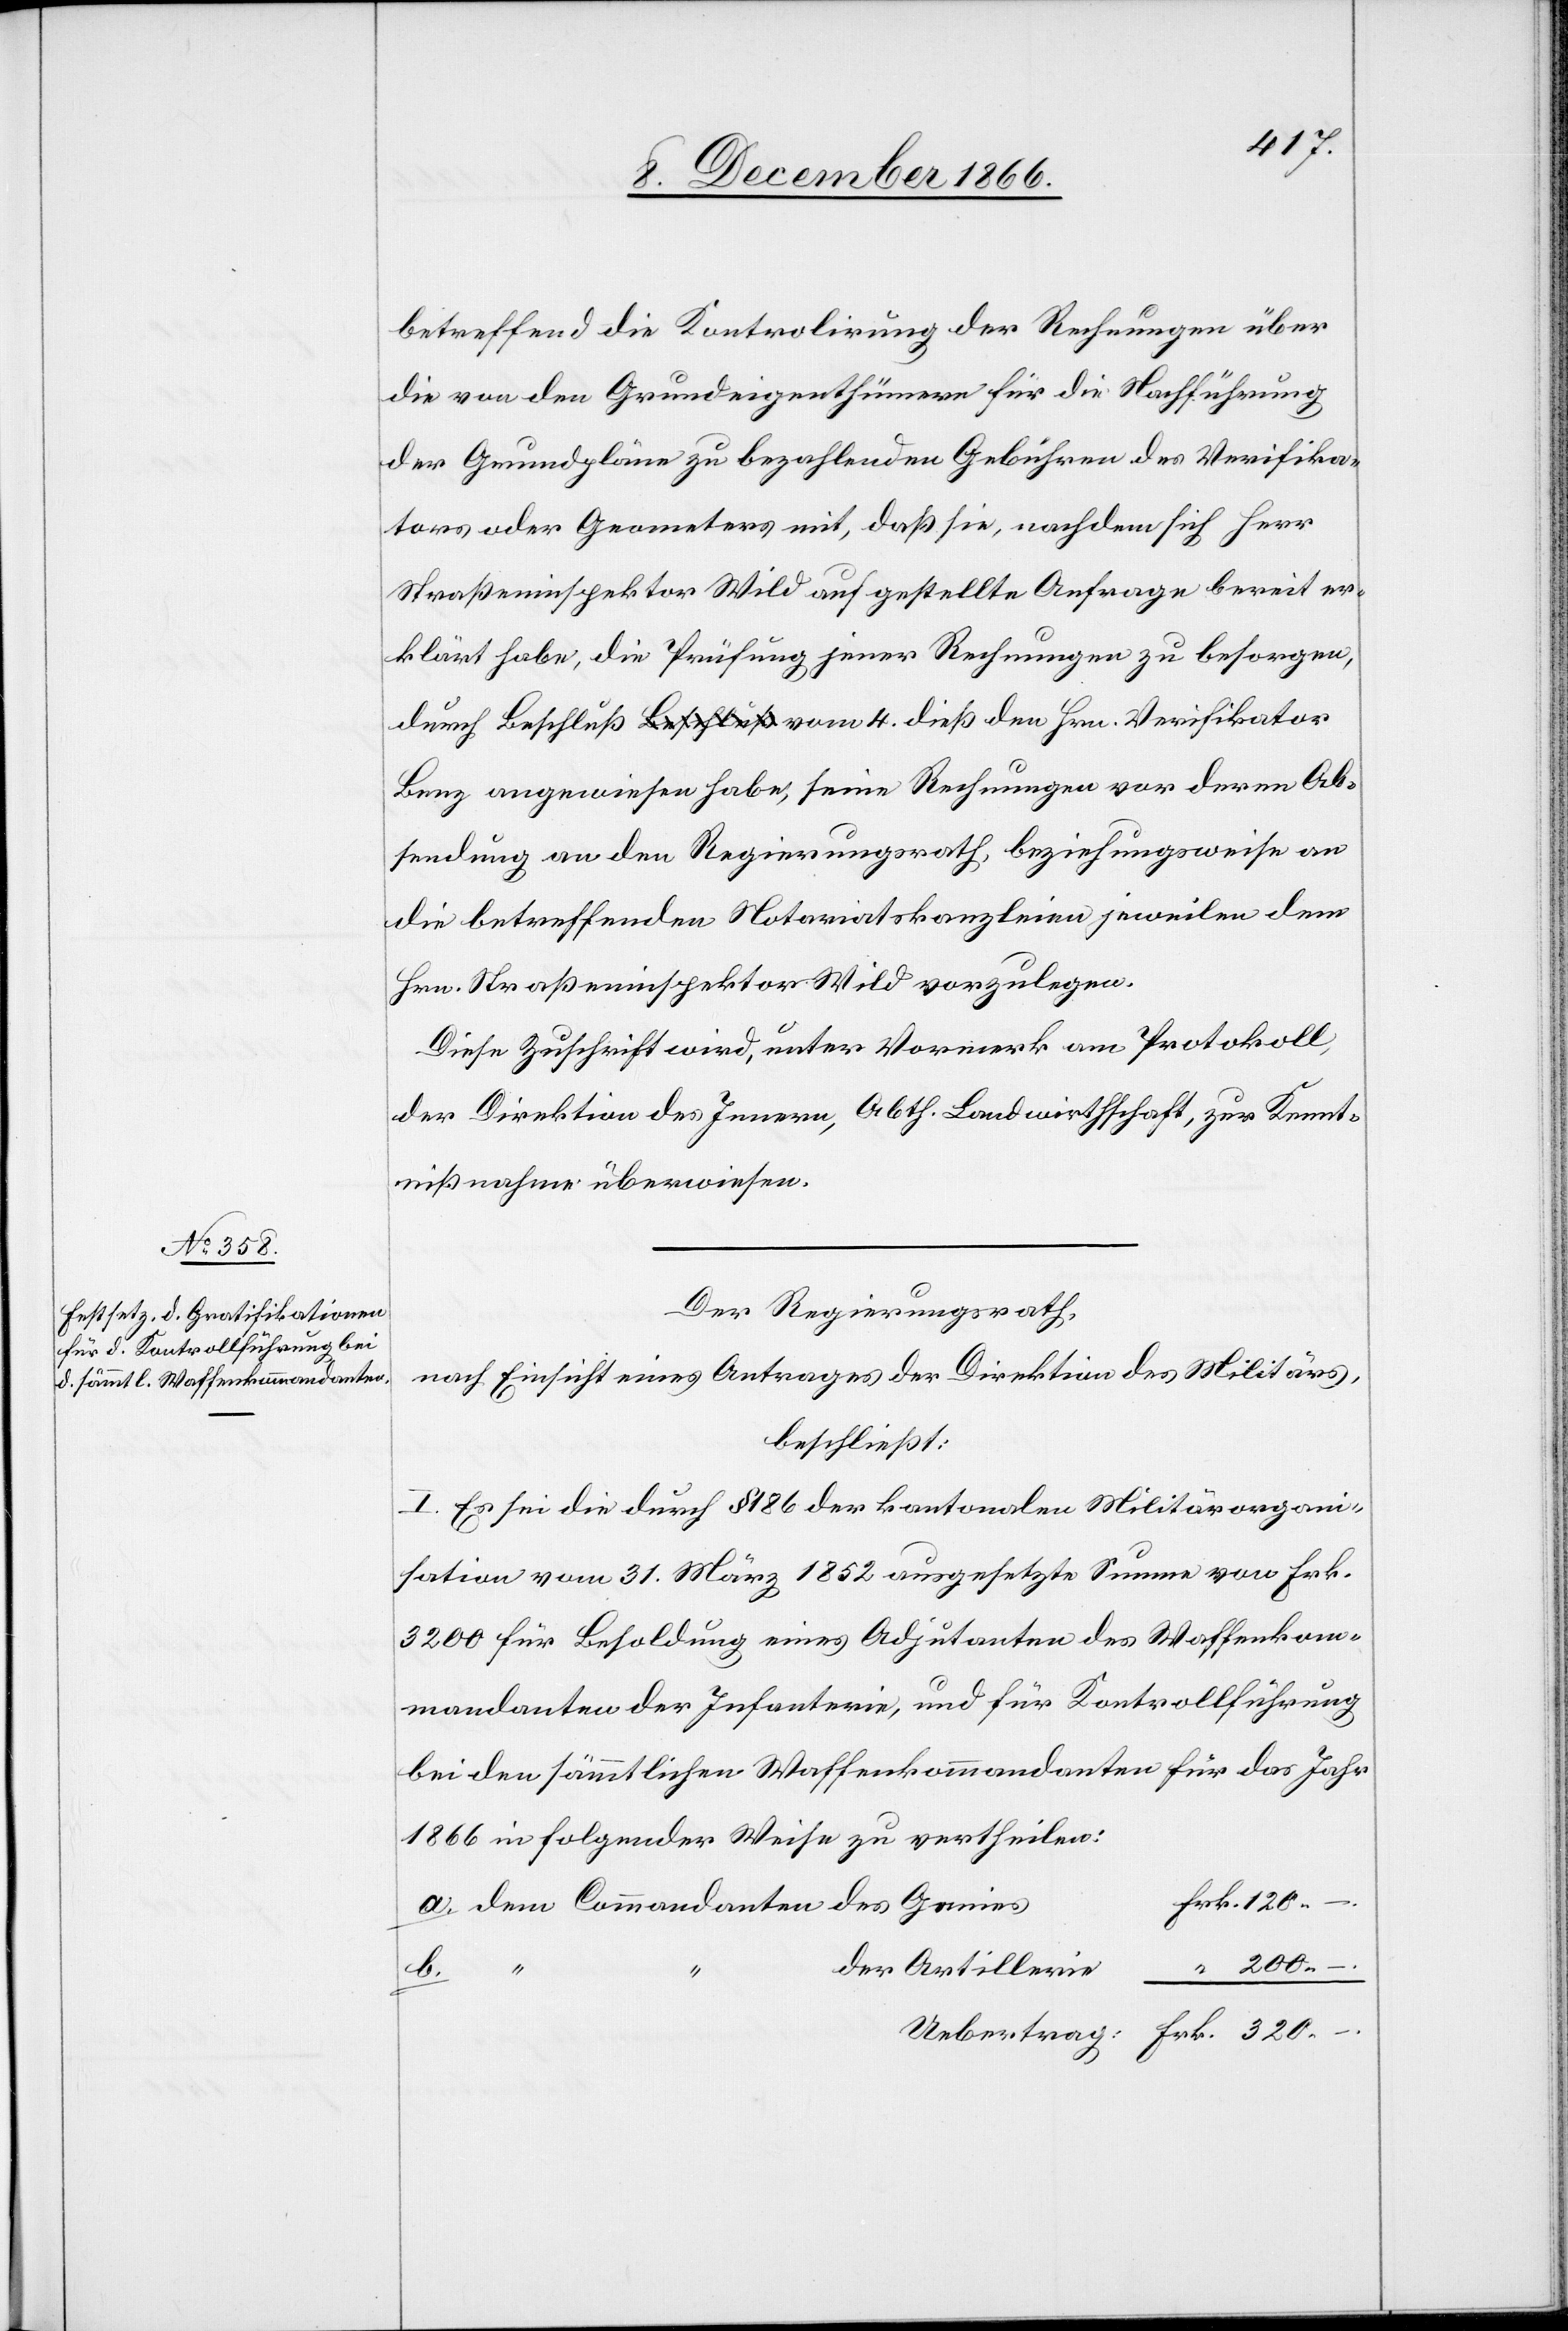
120.
betreffend die Kontrolirung der Rechnungen über
die von den Grundeigenthümern für die Nachführung
der Grundpläne zu bezahlenden Gebühren des Verifika¬
tors oder Geometers mit, daß sie, nachdem sich Herr
Straßeninspektor Wild auf gestellte Anfrage bereit er¬
klärt habe, die Prüfung jener Rechnungen zu besorgen,
durch Beschluß vom 4. dieß den Hrn. Verifikator
Benz angewiesen habe, seine Rechnungen vor deren Ab¬
sendung an den Regierungsrath, beziehungsweise an
die betreffenden Notariatskanzleien jeweilen dem
Hrn. Straßeninspektor Wild vorzulegen.
Diese Zuschrift wird, unter Vormerk am Protokoll,
der Direktion des Innern, Abth. Landwirthschaft, zur Kennt¬
nißnahme überwiesen.
Der Regierungsrath,
nach Einsicht eines Antrages der Direktion des Militärs,
beschließt:
I. Es sei die durch § 186 der kantonalen Militärorgani¬
sation vom 31. März 1852 ausgesetzte Summe von Frk.
3200 für Besoldung eines Adjutanten des Waffenkom¬
mandanten der Infanterie, und für Kontrollführung
bei den sämmtlichen Waffenkommandanten für das Jahr
1866 in folgender Weise zu vertheilen:
–.
Frk.
200.
der Artillerie
b.
Uebertrag: